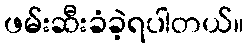
ဖမ်းဆီးခံခဲ့ရပါတယ်။